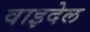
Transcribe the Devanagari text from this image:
वाइदेल